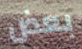
بعض